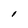
Character: I